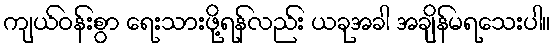
ကျယ်ဝန်းစွာ ရေးသားဖို့ရန်လည်း ယခုအခါ အချိန်မရသေးပါ။